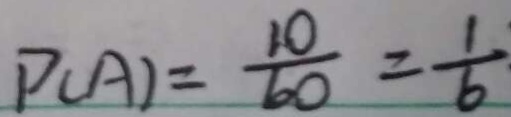
P ( A ) = \frac { 1 0 } { 6 0 } = \frac { 1 } { 6 }